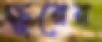
ক্ষুরের